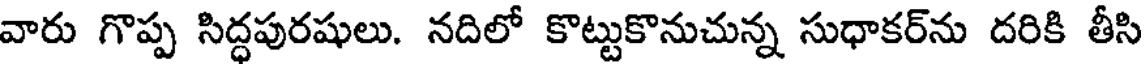
వారు గొప్ప సిద్ధపురషులు. నదిలో కొట్టుకొనుచున్న సుధాకర్ను దరికి తీసి